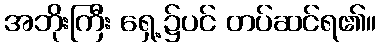
အဘိုးကြီး ရှေ့၌ပင် တပ်ဆင်ရ၏။